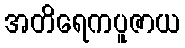
အတိရေကပူဇာယ